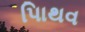
પાિથવ